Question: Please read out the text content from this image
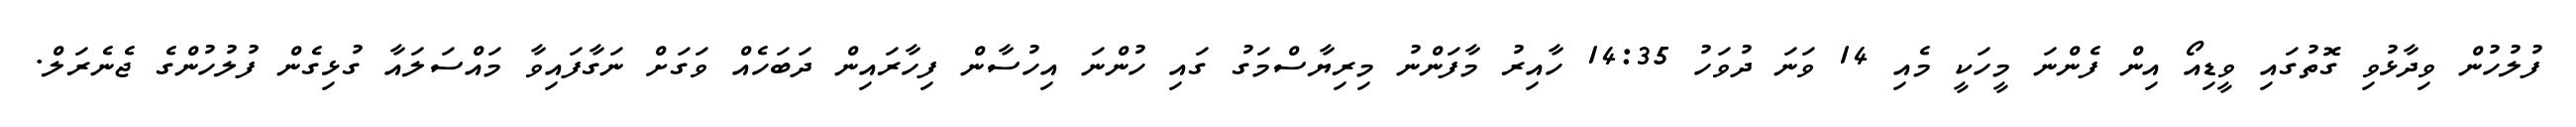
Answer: ފުލުހުން ވިދާޅުވި ގޮތުގައި ވީޑިއޯ އިން ފެންނަ މީހަކީ މެއި 14 ވަނަ ދުވަހު 14:35 ހާއިރު މާފަންނު މިރިޔާސްމަގު ގައި ހުންނަ އިހުސާން ފިހާރައިން ދަބަހެއް ވަގަށް ނަގާފައިވާ މައްސަލައާ ގުޅިގެން ފުލުހުންގެ ޖެނެރަލް.